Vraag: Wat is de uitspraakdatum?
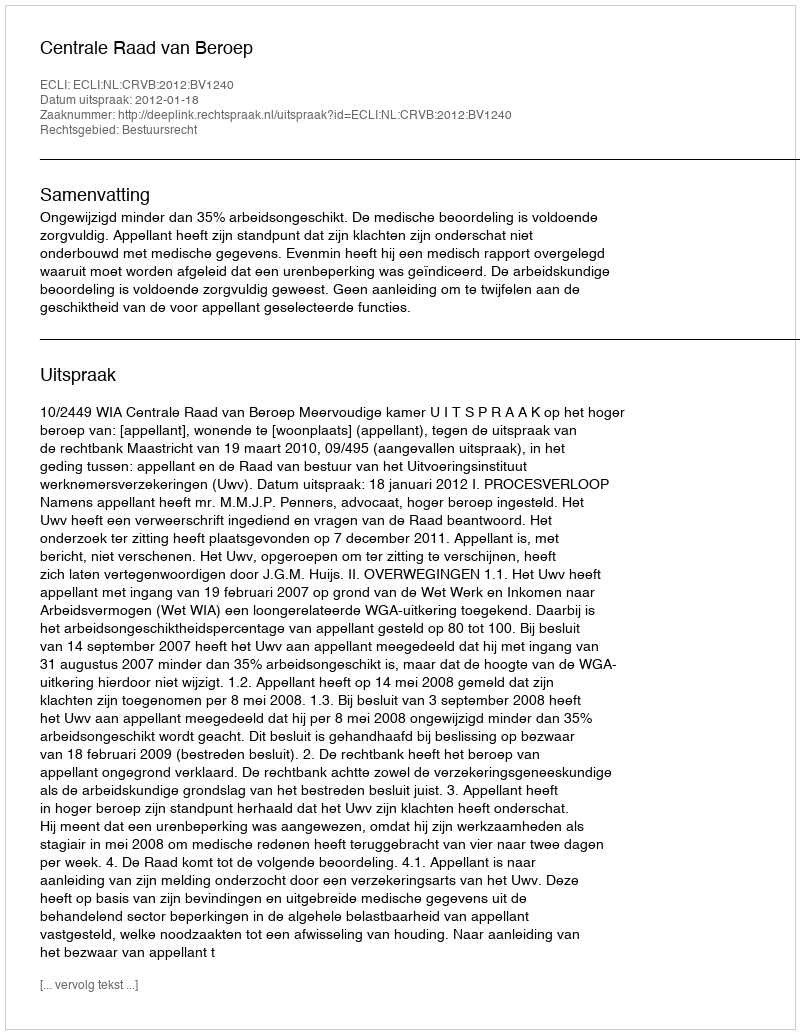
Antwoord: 2012-01-18